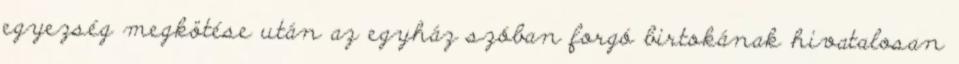
egyezség megkötése után az egyház szóban forgó birtokának hivatalosan